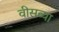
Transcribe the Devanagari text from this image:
वीसव्या